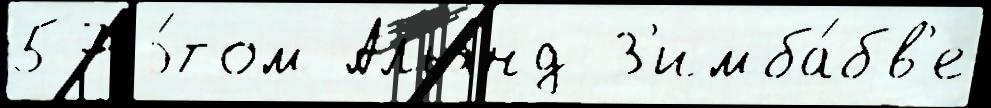
57 э́том Альянд З'имба́бв'е